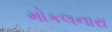
મોકલનારા